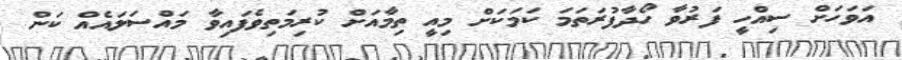
އަވަހަށް ސިއްހީ ފަރުވާ ހޯދާފުރަތަމަ ކަމަކަށް މިއީ ތިމާއަށް ކުރިމަތިވެފައިވާ މައްސަލައެއް ކަން